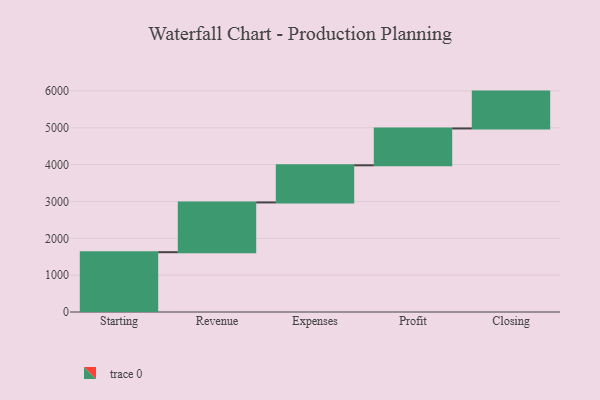
{"axis": {"x": "Step", "y": "Value"}, "legend": [""], "data": [{"x": "Starting", "y": 1623.0, "type": ""}, {"x": "Revenue", "y": 1350.0, "type": ""}, {"x": "Expenses", "y": 1008.0, "type": ""}, {"x": "Profit", "y": 1000, "type": ""}, {"x": "Closing", "y": 1000, "type": ""}]}